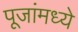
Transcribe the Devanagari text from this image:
पूजांमध्ये